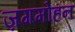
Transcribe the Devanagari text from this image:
ज़गमोहन